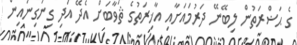
ގެ ޙަޟްރަތުން ލިބޭނޭ ދަރުމައަށާއި އާޚިރަތުގެ ޘަވާބަށް އެދޭ އަދި ގިނަގިނައިން